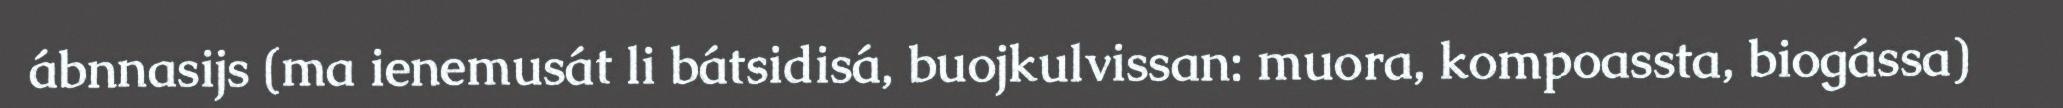
ábnnasijs (ma ienemusát li bátsidisá, buojkulvissan: muora, kompoassta, biogássa)